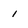
Character: 1